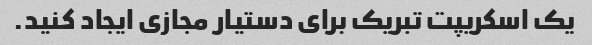
یک اسکریپت تبریک برای دستیار مجازی ایجاد کنید.